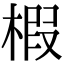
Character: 椵